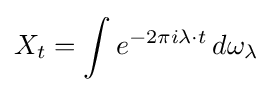
X_{t}=\int e^{-2\pi i\lambda \cdot t}\,d\omega _{\lambda }